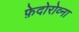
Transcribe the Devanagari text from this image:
फ़ेदोरोव्ना